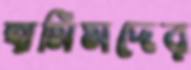
হামিমদের